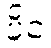
ပိင